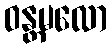
ဝန္တမလော